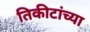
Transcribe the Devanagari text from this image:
तिकीटांच्या